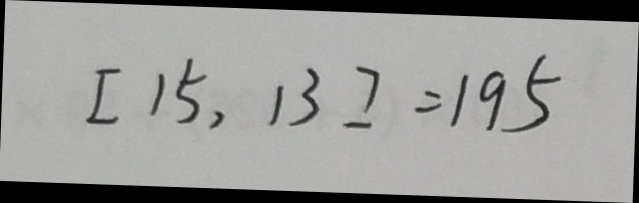
[ 1 5 , 1 3 ] = 1 9 5